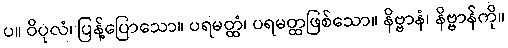
ပ။ ဝိပုလံ၊ ပြန့်ပြောသော။ ပရမတ္ထံ၊ ပရမတ္ထဖြစ်သော။ နိဗ္ဗာနံ၊ နိဗ္ဗာန်ကို။